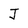
Character: J